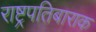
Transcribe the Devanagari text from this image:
राष्ट्रपतिबाराक